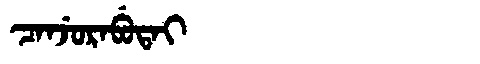
Manchu: ᠴᠠᠨᠵᡠᡵᠠᠪᡠᡨᠠᡳ
Romanization: CANJURABUTAI